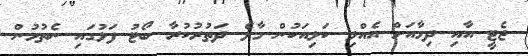
ޖެޓީ އާއި ދިމާއަށް އެއްލި ކަޅިއަކުން މާލެ ދަތުރުކުރާ ބޯޓު ފަޅުގައި ނެތުމުން